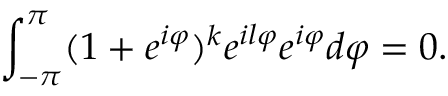
\int _ { - \pi } ^ { \pi } ( 1 + e ^ { i \varphi } ) ^ { k } e ^ { i l \varphi } e ^ { i \varphi } d \varphi = 0 .